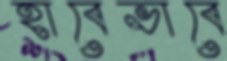
হাবেভাবে